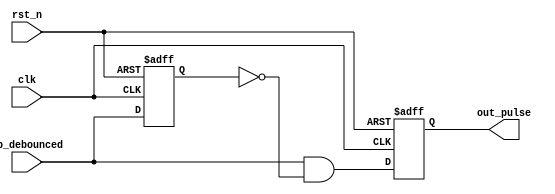
`timescale 1ns / 1ps
//////////////////////////////////////////////////////////////////////////////////
// Company: 
// Engineer: 
// 
// Design Name: 
// Module Name: one_pulse
// Project Name: 
// Target Devices: 
// Tool Versions: 
// Description: 
// 
// Dependencies: 
// 
// Revision:
// Revision 0.01 - File Created
// Additional Comments:
// 
//////////////////////////////////////////////////////////////////////////////////


module one_pulse(clk, rst_n, pb_debounced, out_pulse);
    input clk;              // clock input
    input rst_n;            // active low reset
    input pb_debounced;     // input trigger
    output reg out_pulse;   // output one pulse

    reg button_delay;       // internal nodes
    reg out_pulse_next;     // input to DFF (in always block)

// Sequential logics : Buffer input
    always @ (posedge clk or negedge rst_n)
    begin
        if (~rst_n)
            button_delay <= 1'b0;
        else
            button_delay <= pb_debounced;
    end

// Pulse generation 
    assign output_pulse_next = pb_debounced & ~button_delay;

    always @ (posedge clk or negedge rst_n)
    begin
        if (~rst_n)
            out_pulse <= 1'b0;
        else
            out_pulse <= output_pulse_next;
    end
endmodule